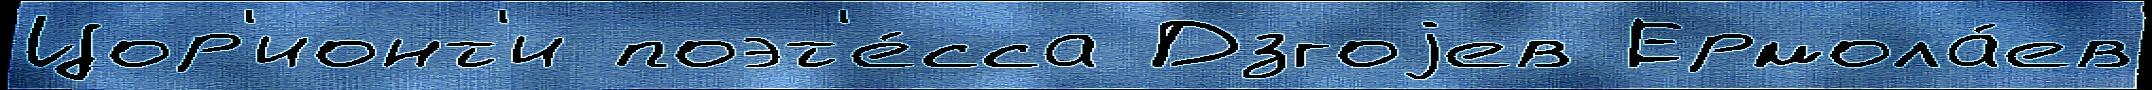
Цор'ионт'и поэт'е́сса Дзгоjев Ермола́ев